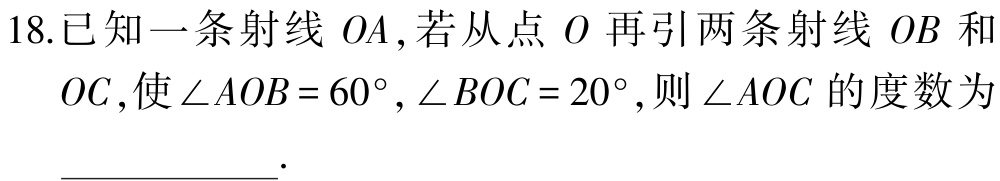
18.已知一条射线 \(OA\),若从点 \(O\) 再引两条射线 \(OB\) 和 \(OC\),使\(\angle AOB = 60^{\circ},\angle BOC = 20^{\circ}\),则\(\angle AOC\) 的度数为  \_\_\_\_\_\_\_\_ .